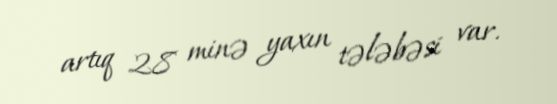
artıq 28 minə yaxın tələbəsi var.